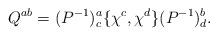
LaTeX: \begin{align*}Q^{ab}=(P^{-1})^a_c\{\chi^c,\chi^d \} (P^{-1})^b_d .\end{align*}